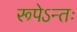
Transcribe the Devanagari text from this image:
रूपेऽन्तः